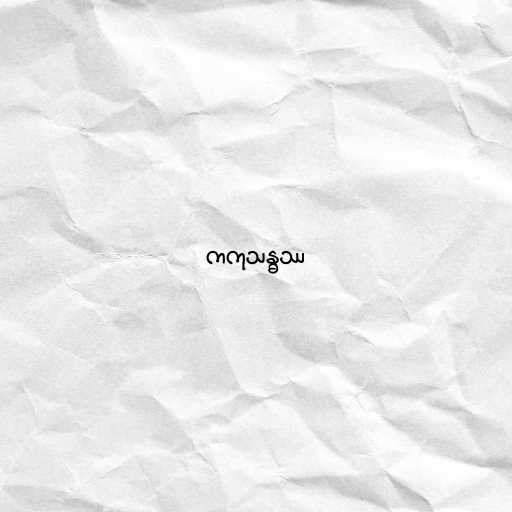
ကကုသန္ဓဿ